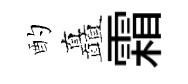
酌矗霜